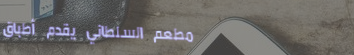
مطعم السلطاني يقدم أطباقً